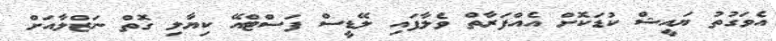
އެވަގުތު ޔައީޝް ކުޑަކޮށް އެއްފަރާތް ވެލާފައި ލޭޑީސް ފަސްޓްއޭ ކިޔާލި ގޮތް ނަޒްލާއަށް